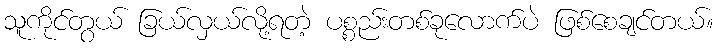
သူကိုင်တွယ် ခြယ်လှယ်လို့ရတဲ့ ပစ္စည်းတစ်ခုလောက်ပဲ ဖြစ်စေချင်တယ်။